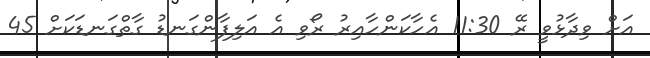
އަށް ވިދާޅުވީ ރޭ 11:30 އެހާކަންހާއިރު ރޯވި އެ އަލިފާންގަނޑު ގާތްގަނޑަކަށް 45